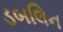
ડબલિન